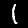
Digit: 1